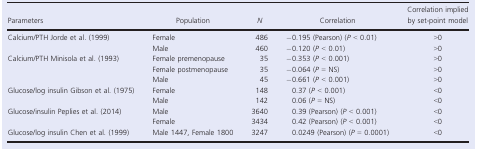
<table><thead><tr><td><b>Parameters</b></td><td><b>Population</b></td><td><b><i>N</i></b></td><td><b>Correlation</b></td><td><b>Correlation implied by set‐point model</b></td></tr></thead><tbody><tr><td rowspan="2">Calcium/PTH Jorde et al. (1999)</td><td>Female</td><td>486</td><td>−0.195 (Pearson) (<i>P</i> &lt; 0.01)</td><td>&gt;0</td></tr><tr><td>Male</td><td>460</td><td>−0.120 (<i>P</i> &lt; 0.01)</td><td>&gt;0</td></tr><tr><td rowspan="3">Calcium/PTH Minisola et al. (1993)</td><td>Female premenopause</td><td>35</td><td>−0.353 (<i>P</i> &lt; 0.001)</td><td>&gt;0</td></tr><tr><td>Female postmenopause</td><td>35</td><td>−0.064 (<i>P</i> = NS)</td><td>&gt;0</td></tr><tr><td>Male</td><td>45</td><td>−0.661 (<i>P</i> &lt; 0.001)</td><td>&gt;0</td></tr><tr><td rowspan="2">Glucose/log insulin Gibson et al. (1975)</td><td>Female</td><td>148</td><td>0.37 (<i>P</i> &lt; 0.001)</td><td>&lt;0</td></tr><tr><td>Male</td><td>142</td><td>0.06 (<i>P</i> = NS)</td><td>&lt;0</td></tr><tr><td rowspan="2">Glucose/insulin Peplies et al. (2014)</td><td>Male</td><td>3640</td><td>0.39 (Pearson) (<i>P</i> &lt; 0.001)</td><td>&lt;0</td></tr><tr><td>Female</td><td>3434</td><td>0.42 (Pearson) (<i>P</i> &lt; 0.001)</td><td>&lt;0</td></tr><tr><td>Glucose/log insulin Chen et al. (1999)</td><td>Male 1447, Female 1800</td><td>3247</td><td>0.0249 (Pearson) (<i>P</i> = 0.0001)</td><td>&lt;0</td></tr></tbody></table>